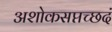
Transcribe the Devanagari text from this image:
अशोकसप्तच्छदं